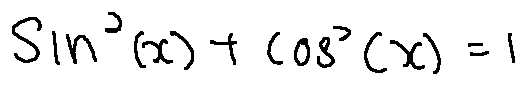
\sin ^ { 2 } ( x ) + \cos ^ { 2 } ( x ) = 1